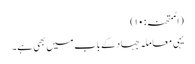
(الممتحنہ: ۱۰)
یہی معاملہ جہاد کے باب میں بھی ہے۔